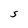
Character: S